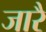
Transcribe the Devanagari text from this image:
जारै